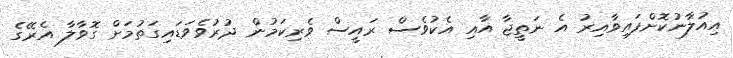
އިއުލާނުކޮށްފައިވާއިރު އެ ނަތީޖާ އާއި އެކުވެސް ރައީސް ވެރިކަމުން ދުރުވެވަޑައިގަތުމަށް ގޮވާލާ އެރޭގެ